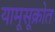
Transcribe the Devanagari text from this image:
यामूसूक्रोत